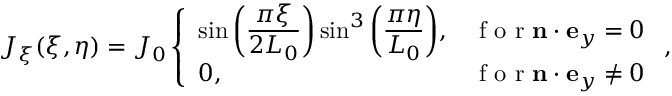
\begin{array} { r } { J _ { \xi } ( \xi , \eta ) = J _ { 0 } \left\{ \begin{array} { l l } { \sin \bigg ( \displaystyle \frac { \pi \xi } { 2 L _ { 0 } } \bigg ) \sin ^ { 3 } \bigg ( \displaystyle \frac { \pi \eta } { L _ { 0 } } \bigg ) , } & { \mathrm { ~ f ~ o ~ r ~ } \mathbf { n } \cdot \mathbf { e } _ { y } = 0 } \\ { 0 , } & { \mathrm { ~ f ~ o ~ r ~ } \mathbf { n } \cdot \mathbf { e } _ { y } \ne 0 } \end{array} \right. , } \end{array}